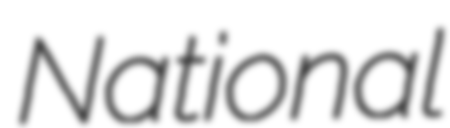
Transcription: National